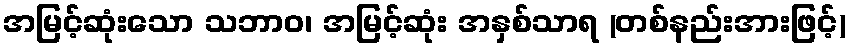
အမြင့်ဆုံးသော သဘာဝ၊ အမြင့်ဆုံး အနှစ်သာရ (တစ်နည်းအားဖြင့်)